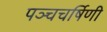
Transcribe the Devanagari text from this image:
पञ्चचर्षिणी